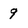
Character: 9